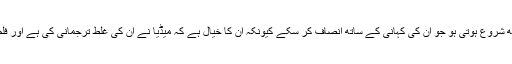
یہ ایک ایسے سوانح نگار کی تلاش کے ساتھ شروع ہوتی ہو جو ان کی کہانی کے ساتھ انصاف کر سکے کیونکہ ان کا خیال ہے کہ میڈیا نے ان کی غلط ترجمانی کی ہے اور فلم میں میڈیا ہی ’ولن‘ کے طور پر ابھرتا ہے۔